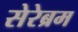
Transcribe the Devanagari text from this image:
सेरेब्रम